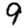
Digit: 9